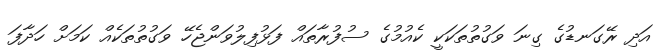
އަދި ރޭގަނޑުގެ ގިނަ ވަގުތުތަކަކީ ކެއުމުގެ ސުފުރާތައް ފަޅުފިލުވަންޖެހޭ ވަގުތުތަކެއް ކަމަށް ހަދާފަ